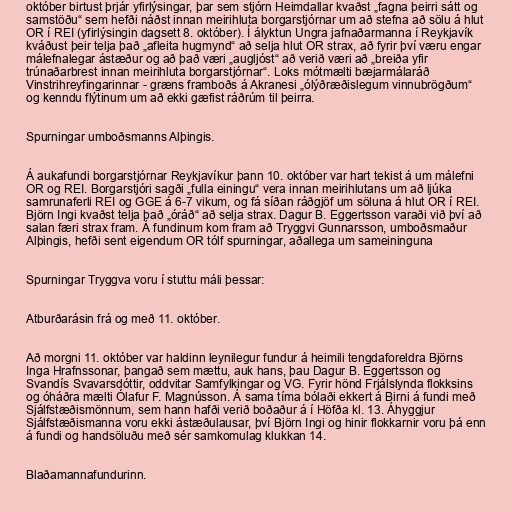
október birtust þrjár yfirlýsingar, þar sem stjórn Heimdallar kvaðst „fagna þeirri sátt og
samstöðu“ sem hefði náðst innan meirihluta borgarstjórnar um að stefna að sölu á hlut
OR í REI (yfirlýsingin dagsett 8. október). Í ályktun Ungra jafnaðarmanna í Reykjavík
kváðust þeir telja það „afleita hugmynd“ að selja hlut OR strax, að fyrir því væru engar
málefnalegar ástæður og að það væri „augljóst“ að verið væri að „breiða yfir
trúnaðarbrest innan meirihluta borgarstjórnar“. Loks mótmælti bæjarmálaráð
Vinstrihreyfingarinnar - græns framboðs á Akranesi „ólýðræðislegum vinnubrögðum“
og kenndu flýtinum um að ekki gæfist ráðrúm til þeirra.

Spurningar umboðsmanns Alþingis.

Á aukafundi borgarstjórnar Reykjavíkur þann 10. október var hart tekist á um málefni
OR og REI. Borgarstjóri sagði „fulla einingu“ vera innan meirihlutans um að ljúka
samrunaferli REI og GGE á 6-7 vikum, og fá síðan ráðgjöf um söluna á hlut OR í REI.
Björn Ingi kvaðst telja það „óráð“ að selja strax. Dagur B. Eggertsson varaði við því að
salan færi strax fram. Á fundinum kom fram að Tryggvi Gunnarsson, umboðsmaður
Alþingis, hefði sent eigendum OR tólf spurningar, aðallega um sameininguna

Spurningar Tryggva voru í stuttu máli þessar:

Atburðarásin frá og með 11. október.

Að morgni 11. október var haldinn leynilegur fundur á heimili tengdaforeldra Björns
Inga Hrafnssonar, þangað sem mættu, auk hans, þau Dagur B. Eggertsson og
Svandís Svavarsdóttir, oddvitar Samfylkingar og VG. Fyrir hönd Frjálslynda flokksins
og óháðra mælti Ólafur F. Magnússon. Á sama tíma bólaði ekkert á Birni á fundi með
Sjálfstæðismönnum, sem hann hafði verið boðaður á í Höfða kl. 13. Áhyggjur
Sjálfstæðismanna voru ekki ástæðulausar, því Björn Ingi og hinir flokkarnir voru þá enn
á fundi og handsöluðu með sér samkomulag klukkan 14.

Blaðamannafundurinn.